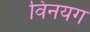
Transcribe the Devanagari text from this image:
विनयग